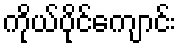
ကိုယ်ပိုင်ကျောင်း